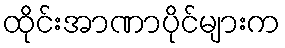
ထိုင်းအာဏာပိုင်များက